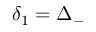
\delta _ { 1 } = \Delta _ { - }